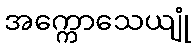
အက္ကောသေယျုံ